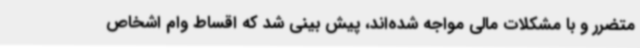
متضرر و با مشکلات مالی مواجه شده‌اند، پیش بینی شد که اقساط وام اشخاص